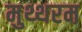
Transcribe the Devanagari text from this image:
मुथ्थरम